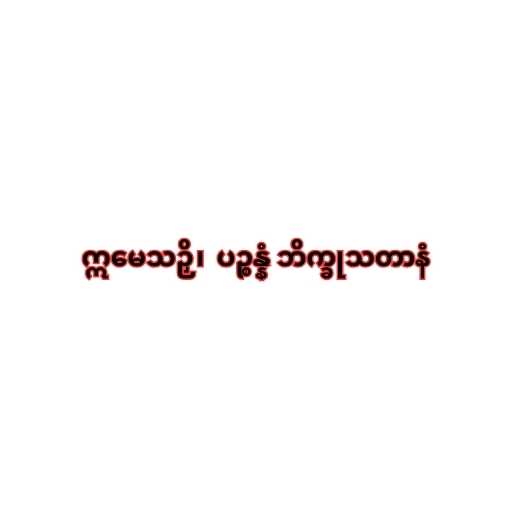
ဣမေသဉှိ၊  ပဉ္စန္နံ ဘိက္ခုသတာနံ